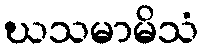
ဃသမာမိသံ